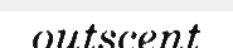
outscent